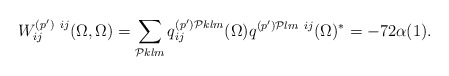
\begin{align*}W^{(p')\ ij}_{ij}(\Omega,\Omega)= \sum_{{\cal P}klm}q_{ij}^{(p'){\cal P}klm}(\Omega) q^{(p'){\cal P}lm\ ij}(\Omega)^{*} =-72 \alpha (1).\end{align*}